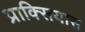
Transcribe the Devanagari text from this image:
प्राक्सियास